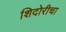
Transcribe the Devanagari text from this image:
शिदोरीचा